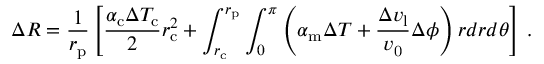
\Delta R = \frac { 1 } { r _ { \mathrm { p } } } \left[ \frac { \alpha _ { \mathrm { c } } \Delta T _ { \mathrm { c } } } { 2 } r _ { \mathrm { c } } ^ { 2 } + \int _ { r _ { \mathrm { c } } } ^ { r _ { \mathrm { p } } } \int _ { 0 } ^ { \pi } \left( \alpha _ { \mathrm { m } } \Delta T + \frac { \Delta v _ { \mathrm { l } } } { v _ { \mathrm { 0 } } } \Delta \phi \right) r d r d \theta \right] \, .